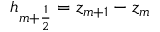
h _ { m + \frac { 1 } { 2 } } = z _ { m + 1 } - z _ { m }